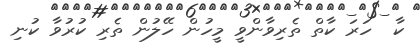
ކާ  ހަރަ ކާތް ތެރިވާންވީ މީހުން ހޭލުން ތެރި ކުރުވާ ކުނި